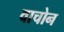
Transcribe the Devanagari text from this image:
वाचोन